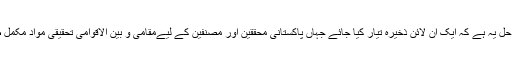
اس مسئلے کا ایک حل یہ ہے کہ ایک آن لائن ذخیرہ تیار کیا جائے جہاں پاکستانی محققین اور مصنفین کے لیےمقامی و بین الاقوامی تحقیقی مواد مکمل طور پر دستیاب ہو۔